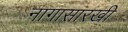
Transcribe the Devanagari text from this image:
नागासारखी